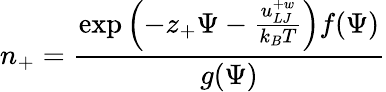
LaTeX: n_{+}=\frac{\exp\left(-z_{+}\Psi-\frac{u_{LJ}^{+w}}{k_{B}T}\right)f(\Psi)}{g(\Psi)}